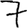
Digit: 7